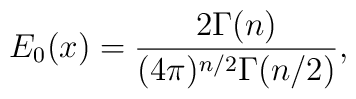
E_0(x) = \frac{2\Gamma(n)}{(4\pi)^{n/2}\Gamma(n/2)},